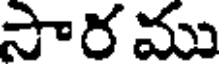
సార ము